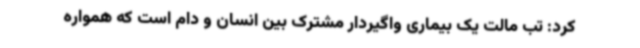
کرد: تب مالت یک بیماری واگیردار مشترک بین انسان و دام است که همواره